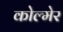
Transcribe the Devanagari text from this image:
कोल्मेर